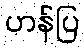
ဟန်ပြ